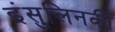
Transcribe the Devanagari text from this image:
इंसुलिनकी